Annual report on the working of the lock hospitals in the Central Provinces
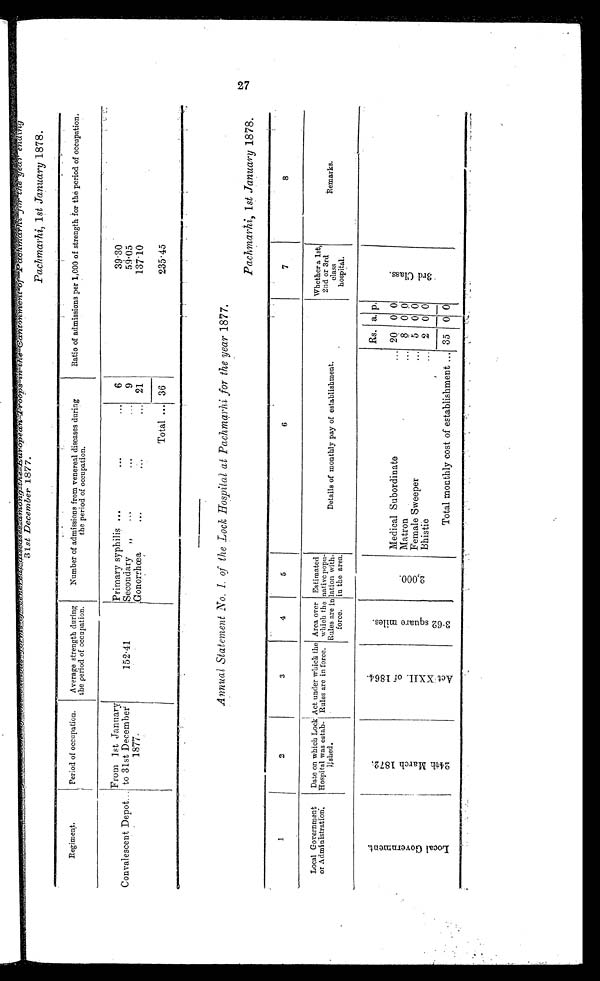
disseases among the Eropean Troops in the Cantonment of Pachmarhi for the year ending
31 st December 1877.
Pachmarhi, 1 st January 1878.
Re gi me nt .
Period of occupation. Average strength during
the period of occupation.
Number of admissions from venereal diseases during
the period of occupation.
Ratio of admissions per 1,000 of strength for the period of occupation.
Convalescent Depot...
From 1st January
to 31st December
1877.
1 5 2 . 4 1
Primary syphilis ...
...
... 6
39.30
9
5 9 . 0 5
Secondary
...
...
21
137.10
Gonorrhœa
...
...
Total ... 36
235.45
Annual Statement No. 1. of the Lock Hospital at Pachmarhi for the year 1877.
Pachmarhi, 1st January 1878.
1
2
3
4
5
6
7
8
Local Government
or Administration.
Date on which Lock
Hospital was estab- l i s h e d .
Act under which the
Rules are in force.
Area over
which the
Rules are in
force.
Estimated
native popu-
lation with-
in the area.
Details of monthly pay of e s t a b l i s h m e n t .
Whether a 1st,
2nd or 3rd
class
hospital.
R e m a r k s .
L o c a l G o v e r n m e n t .
2 4 t h M a r c h 1 8 7 2 .
A c t X X I I . o f 1 8 6 4 .
3 . 6 2 S q u a r e m i l e s .
2 , 0 0 0
Rs. a. p.
3 r d C l a s s .
Medical Subordinate
... 20 0 0
Matron
8 0 0
Female Sweeper
...
5 0 0
Bhistie
... 2 0 0
Total monthly cost of establishment
...
35 0 0